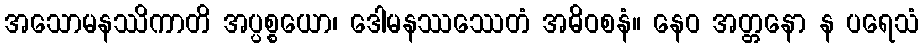
အသောမနဿိကာတိ အပ္ပစ္စယော၊ ဒေါမနဿဿေတံ အဓိဝစနံ။ နေဝ အတ္တနော န ပရေသံ